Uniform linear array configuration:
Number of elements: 4
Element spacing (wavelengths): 0.25
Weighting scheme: uniform
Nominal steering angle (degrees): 60
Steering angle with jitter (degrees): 60.008
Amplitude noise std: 0.05
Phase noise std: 0.05

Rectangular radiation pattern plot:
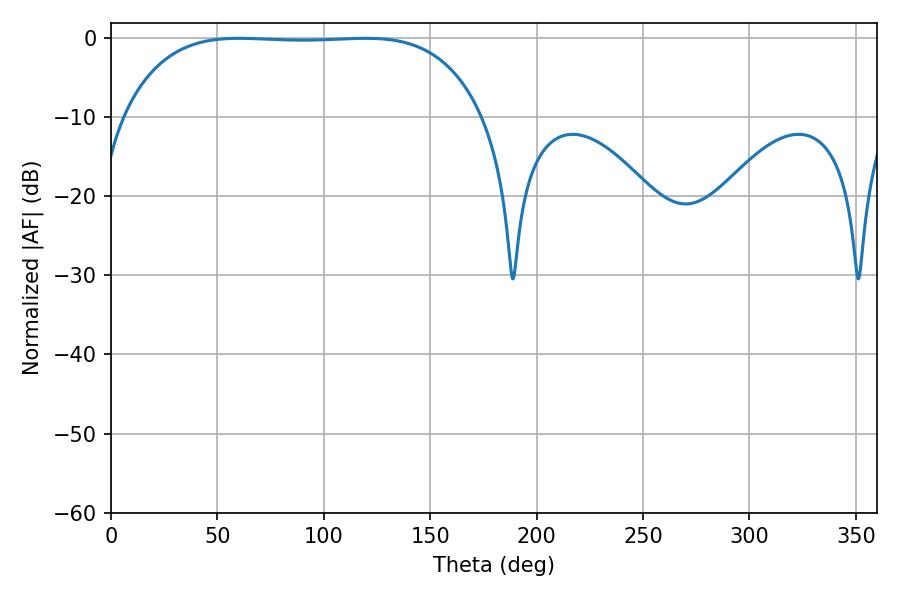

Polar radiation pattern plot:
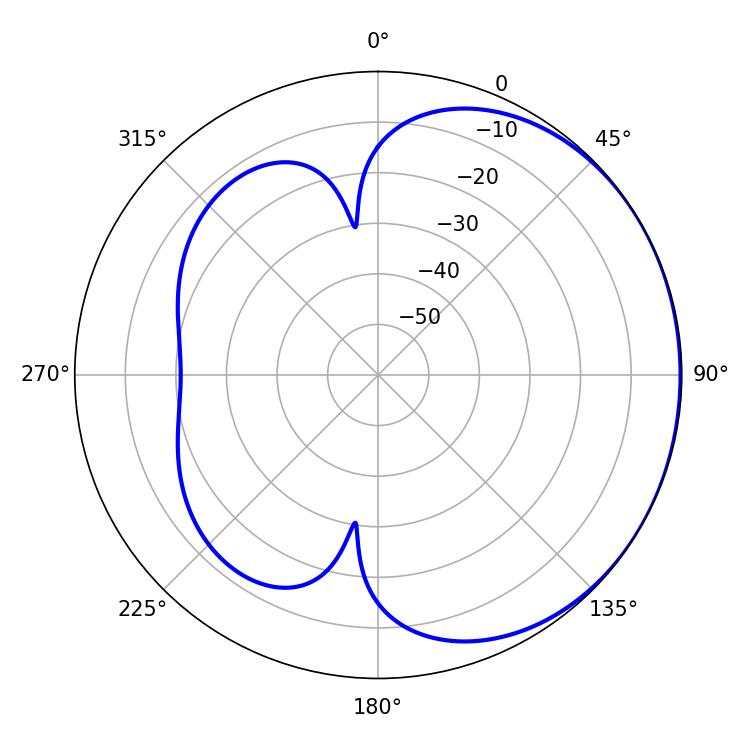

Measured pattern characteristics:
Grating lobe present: FALSE
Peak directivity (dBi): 0.7436
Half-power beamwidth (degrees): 131.76
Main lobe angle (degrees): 60.3